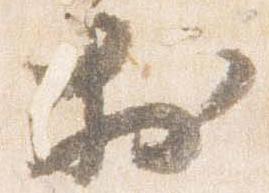
於